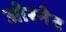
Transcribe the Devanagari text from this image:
ओरनेट